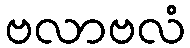
ဗလာဗလံ